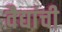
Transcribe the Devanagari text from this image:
वैद्यांची